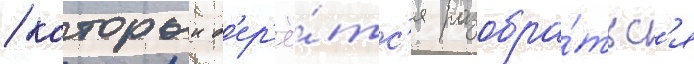
/ которыи б'ер'ё́тс'я разобра́тьс'я